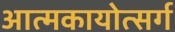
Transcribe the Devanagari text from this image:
आत्मकायोत्सर्ग